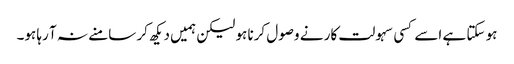
ہو سکتا ہے اسے کسی سہولت کار نے وصول کرنا ہو لیکن ہمیں دیکھ کر سامنے نہ آ رہا ہو۔